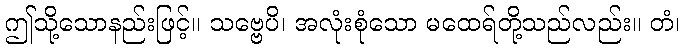
ဤသို့သောနည်းဖြင့်။ သဗ္ဗေပိ၊ အလုံးစုံသော မထေရ်တို့သည်လည်း။ တံ၊